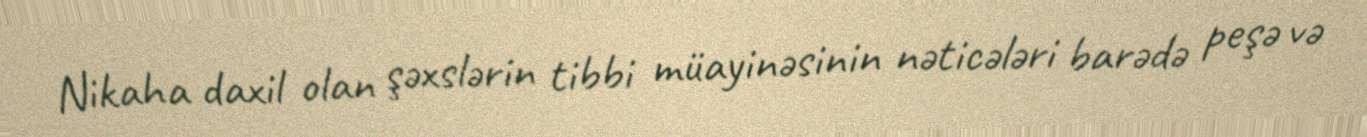
Nikaha daxil olan şəxslərin tibbi müayinəsinin nəticələri barədə peşə və